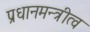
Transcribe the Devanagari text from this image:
प्रधानमन्त्रीत्व